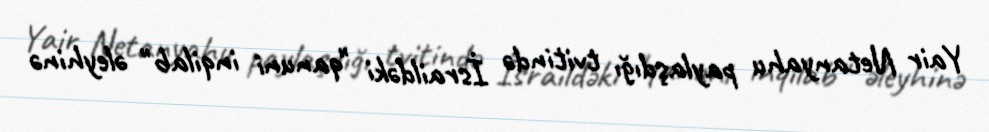
Yair Netanyahu paylaşdığı tvitində İsraildəki "qanuni inqilab" əleyhinə